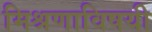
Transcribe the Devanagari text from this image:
मिश्रणाविषयी